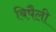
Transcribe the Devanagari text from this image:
बिषैली